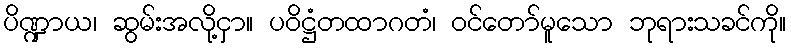
ပိဏ္ဍာယ၊ ဆွမ်းအလို့ငှာ။ ပဝိဋ္ဌံတထာဂတံ၊ ဝင်တော်မူသော ဘုရားသခင်ကို။